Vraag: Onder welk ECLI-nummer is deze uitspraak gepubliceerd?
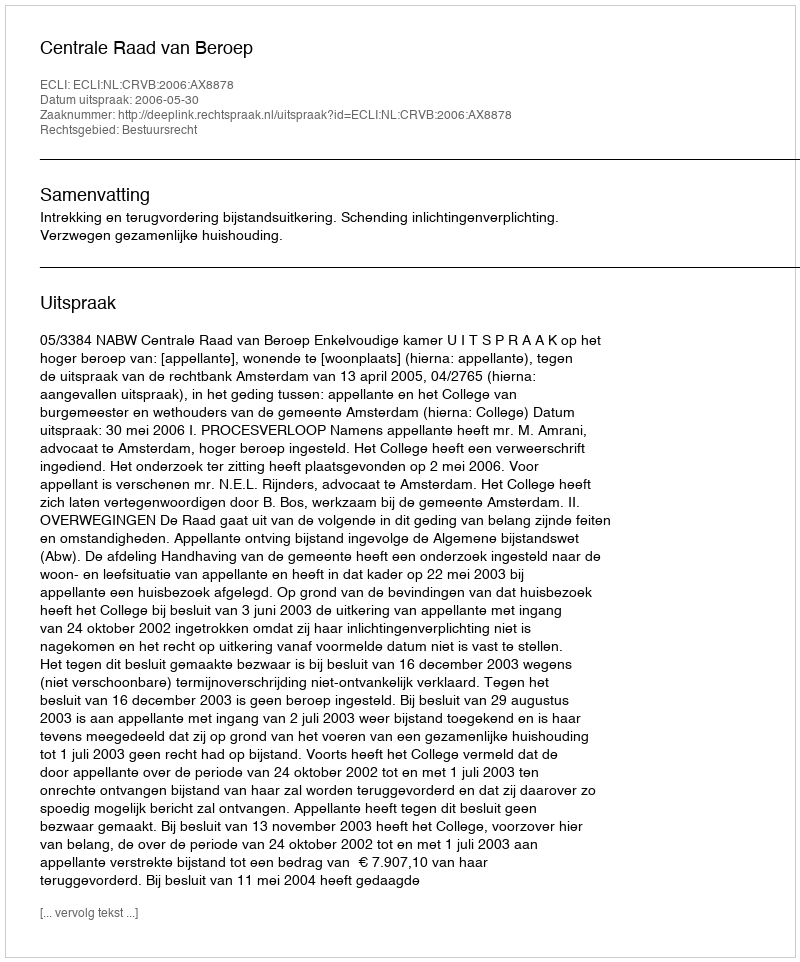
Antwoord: ECLI:NL:CRVB:2006:AX8878